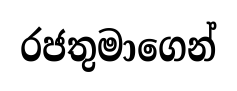
රජතුමාගෙන්